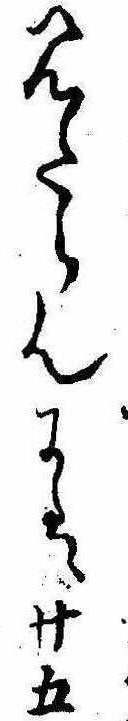
見たらんには廿五